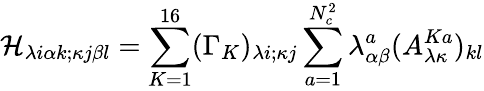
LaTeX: {\cal H}_{\lambda i\alpha k;\kappa j\beta l}=\sum_{K=1}^{16}(\Gamma_{K})_{\lambda i;\kappa j}\sum_{a=1}^{N_{c}^{2}}\lambda_{\alpha\beta}^{a}(A_{\lambda\kappa}^{Ka})_{kl}